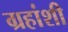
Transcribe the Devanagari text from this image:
ग्रहांशी